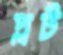
প্লট